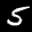
Label: 5